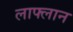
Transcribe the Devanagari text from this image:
लाफ्लान